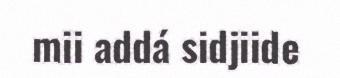
mii addá sidjiide